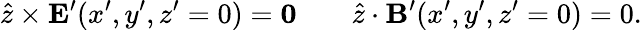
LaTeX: {\hat{z}}\times{\mathbf E}^{\prime}(x^{\prime},y^{\prime},z^{\prime}=0)={\mathbf 0}\; \; \; \; \; \; \; {\hat{z}}\cdot{\mathbf B}^{\prime}(x^{\prime},y^{\prime},z^{\prime}=0)=0.